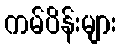
ကမ်ပိန်းများ